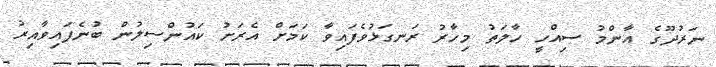
ނަރުދޫގެ އާންމު ސިއްހީ ހާލަތު މިހާރު ރަނގަޅުވެފައިވާ ކަމަށް އެރަށު ކައުންސިލުން ބުނެފައިވާއިރު